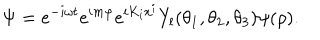
\Psi = e ^ { - i \omega t } e ^ { i m \varphi } e ^ { i K _ { i } x ^ { i } } Y _ { l } ( \theta _ { 1 } , \theta _ { 2 } , \theta _ { 3 } ) \psi ( \rho ) .